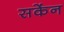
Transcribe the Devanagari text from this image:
सकेंन